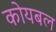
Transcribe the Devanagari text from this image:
कोयबल